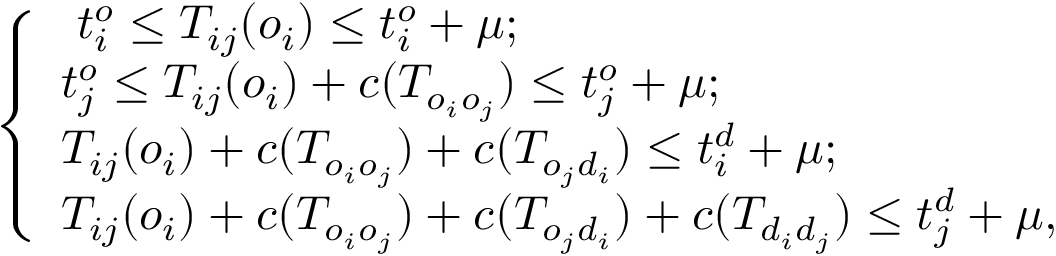
\left\{ \begin{array} { l l } { \ t _ { i } ^ { o } \leq T _ { i j } ( o _ { i } ) \leq t _ { i } ^ { o } + \mu ; } \\ { t _ { j } ^ { o } \leq T _ { i j } ( o _ { i } ) + c ( T _ { o _ { i } o _ { j } } ) \leq t _ { j } ^ { o } + \mu ; } \\ { T _ { i j } ( o _ { i } ) + c ( T _ { o _ { i } o _ { j } } ) + c ( T _ { o _ { j } d _ { i } } ) \leq t _ { i } ^ { d } + \mu ; } \\ { T _ { i j } ( o _ { i } ) + c ( T _ { o _ { i } o _ { j } } ) + c ( T _ { o _ { j } d _ { i } } ) + c ( T _ { d _ { i } d _ { j } } ) \leq t _ { j } ^ { d } + \mu , } \end{array} \right.